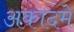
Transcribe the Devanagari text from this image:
अकादमे